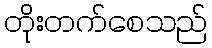
တိုးတက်စေသည်